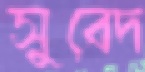
সুবেদ